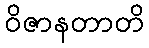
ဝိဇာနတာတိ